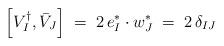
LaTeX: \begin{align*}\left[ V_I^\dagger ,\bar{V}_J \right] \;=\; 2\, e_I^* \cdot w_J^* \;=\; 2\, \delta_{IJ}\end{align*}